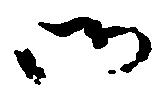
御